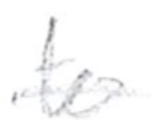
Text: to
Cross-out: single-line
Writing tool: pencil